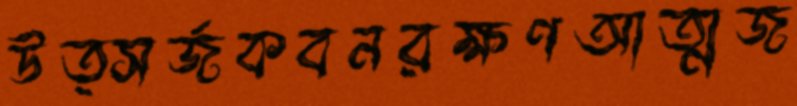
উত্সর্জকবনরক্ষণআত্মজ